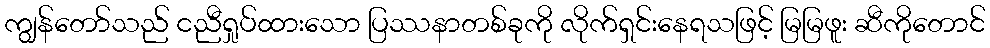
ကျွန်တော်သည် ငညီရှုပ်ထားသော ပြဿနာတစ်ခုကို လိုက်ရှင်းနေရသဖြင့် မြမြဖူး ဆီကိုတောင်